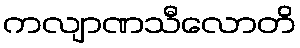
ကလျာဏသီလောတိ